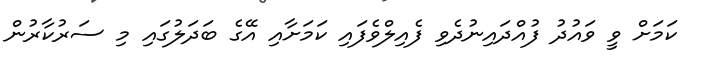
ކަމަށް ވީ ވައުދު ފުއްދައިނުދެވި ފެއިލްވެފައި ކަމަށާއި އޭގެ ބަދަލުގައި މި ސަރުކާރުން